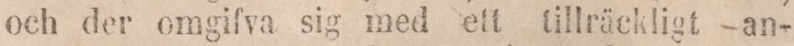
och der omgifva sig med ett tillräckligt –an-